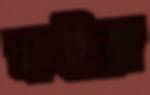
কইরা